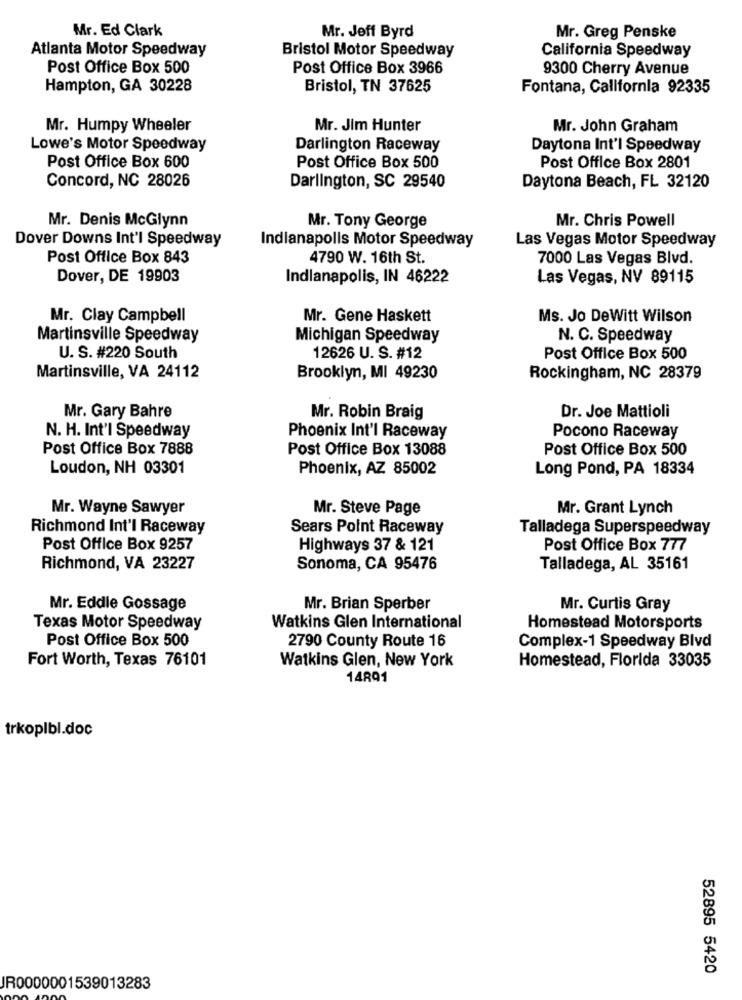
Mr. Ed Clark
Mr. Jeff Byrd
Mr. Greg Penske
Atlanta Motor Speedway
Bristol Motor Speedway
California Speedway
Post Office Box 500
Post Office Box 3966
9300 Cherry Avenue
Hampton, GA 30228
Bristol, TN 37625
Fontana, California 92335
Mr. Humpy Wheeler
Mr. Jim Hunter
Mr. John Graham
Lowe's Motor Speedway
Darlington Raceway
Daytona Int'l Speedway
Post Office Box 600
Post Office Box 500
Post Office Box 2801
Concord, NC 28026
Darlington, SC 29540
Daytona Beach, FL 32120
Mr. Denis McGlynn
Mr. Chris Powell
Mr. Tony George
Dover Downs Int'l Speedway
Indianapolis Motor Speedway
Las Vegas Motor Speedway
Post Office Box 843
4790 W. 16th St.
7000 Las Vegas Blvd.
Dover, DE 19903
Indianapolis, IN 46222
Las Vegas, NV 89115
Mr. Clay Campbell
Mr. Gene Haskett
Ms. Jo DeWitt Wilson
Martinsville Speedway
Michigan Speedway
N. C. Speedway
U. S. #220 South
12626 U. S. #12
Post Office Box 500
Martinsville, VA 24112
Brooklyn, MI 49230
Rockingham, NC 28379
Mr. Gary Bahre
Mr. Robin Braig
Dr. Joe Mattioli
N. H. Int'l Speedway
Phoenix Int'l Raceway
Pocono Raceway
Post Office Box 7888
Post Office Box 13088
Post Office Box 500
Loudon, NH 03301
Phoenix, AZ 85002
Long Pond, PA 18334
Mr. Wayne Sawyer
Mr. Steve Page
Mr. Grant Lynch
Richmond Int'l Raceway
Sears Point Raceway
Talladega Superspeedway
Post Office Box 9257
Highways 37 & 121
Post Office Box 777
Richmond, VA 23227
Sonoma, CA 95476
Talladega, AL 35161
Mr. Eddie Gossage
Mr. Brian Sperber
Mr. Curtis Gray
Texas Motor Speedway
Watkins Glen International
Homestead Motorsports
Post Office Box 500
2790 County Route 16
Complex-1 Speedway Blvd
Fort Worth, Texas 76101
Watkins Glen, New York
Homestead, Florida 33035
14891
trkoplbl.doc
52895 5420
JR0000001539013283